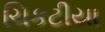
ચિકટીયા